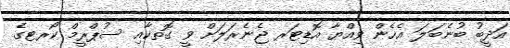
އަދީބު ބުނެބަލަ އެހެން ވިއްޔާ އޮޑިޓަރ ޖެނެރަލަށް ވީ ގޮތކާއި ސުޕްރީމް ކޯރޓގެ